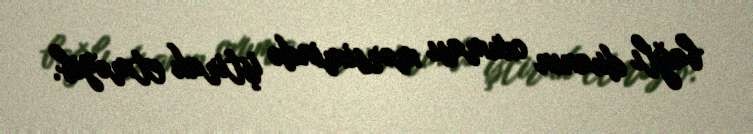
bağlı duanın oxuması mərsimində iştirak etməyib.